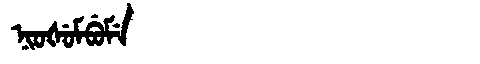
Manchu: ᠨᡳᠣᡧᡠᠮᠪᡠᠮᡝ
Romanization: NIOŠUMBUME